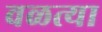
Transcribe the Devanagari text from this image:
वळत्या